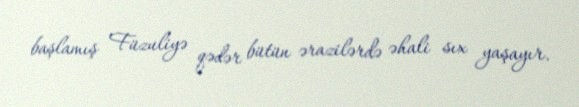
başlamış Füzuliyə qədər bütün ərazilərdə əhali sıx yaşayır.